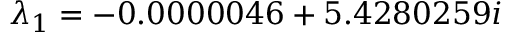
\lambda _ { 1 } = - 0 . 0 0 0 0 0 4 6 + 5 . 4 2 8 0 2 5 9 i